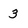
Character: 3